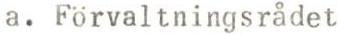
a. Förvaltningsrådet